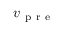
v _ { \mathrm { ~ p ~ r ~ e ~ } }